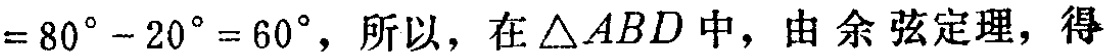
$=80^{\circ}-20^{\circ}=60^{\circ}，所以，在\triangle ABD中，由余弦定理，得$